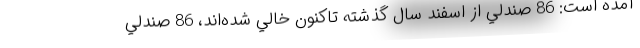
آمده است: 86 صندلي از اسفند سال گذشته تاكنون خالي شده‌اند، 86 صندلي